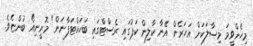
މިހެންވީމަ މިސާލަކަށް އަހަރެން އޭނާ ކާލިން ކަޕުގައި ރެސްޓްގައި ބަހައްޓަފާނަން" މޮރީނިއޯ ބުންޏެވެ.